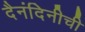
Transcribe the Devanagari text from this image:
दैनंदिनीची